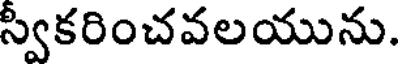
స్వికరించవలయును.